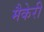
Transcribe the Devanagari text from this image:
मैकेरी